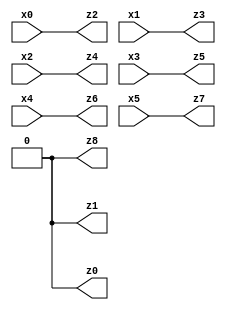
// Benchmark "X_43" written by ABC on Mon Jun 05 23:02:46 2023

module X_43 ( 
    x0, x1, x2, x3, x4, x5,
    z0, z1, z2, z3, z4, z5, z6, z7, z8  );
  input  x0, x1, x2, x3, x4, x5;
  output z0, z1, z2, z3, z4, z5, z6, z7, z8;
  assign z0 = 1'b0;
  assign z1 = 1'b0;
  assign z2 = x0;
  assign z3 = x1;
  assign z4 = x2;
  assign z5 = x3;
  assign z6 = x4;
  assign z7 = x5;
  assign z8 = 1'b0;
endmodule